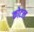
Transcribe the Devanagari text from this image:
कोटल